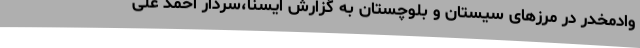
وادمخدر در مرزهای سیستان و بلوچستان به گزارش ایسنا،سردار احمد علی